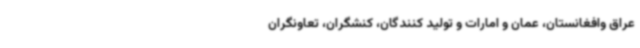
عراق وافغانستان، عمان و امارات و تولید کنندگان، کنشگران، تعاونگران